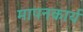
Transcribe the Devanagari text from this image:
मापनकार्य